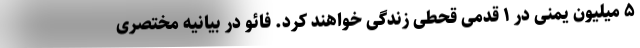
۵ میلیون یمنی در ۱ قدمی قحطی زندگی خواهند کرد. فائو در بیانیه مختصری